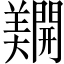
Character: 𨷑